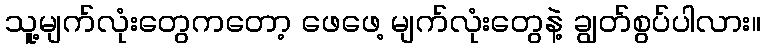
သူ့မျက်လုံးတွေကတော့ ဖေဖေ့ မျက်လုံးတွေနဲ့ ချွတ်စွပ်ပါလား။